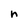
Character: n